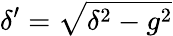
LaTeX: \delta^{\prime}=\sqrt{\delta^{2}-g^{2}}